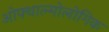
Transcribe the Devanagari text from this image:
ओफ्थाल्मोलोगिक